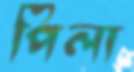
পিলা